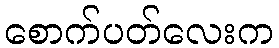
စောက်ပတ်လေးက